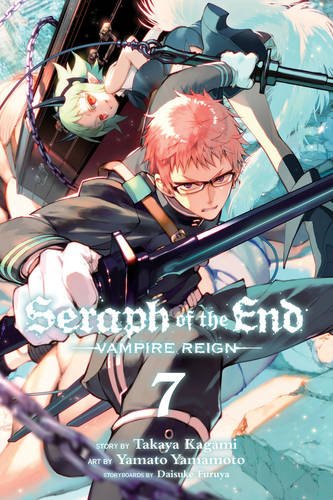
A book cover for Seraph of the End, Vol. 7: Vampire Reign; Takaya Kagami; Comics & Graphic Novels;